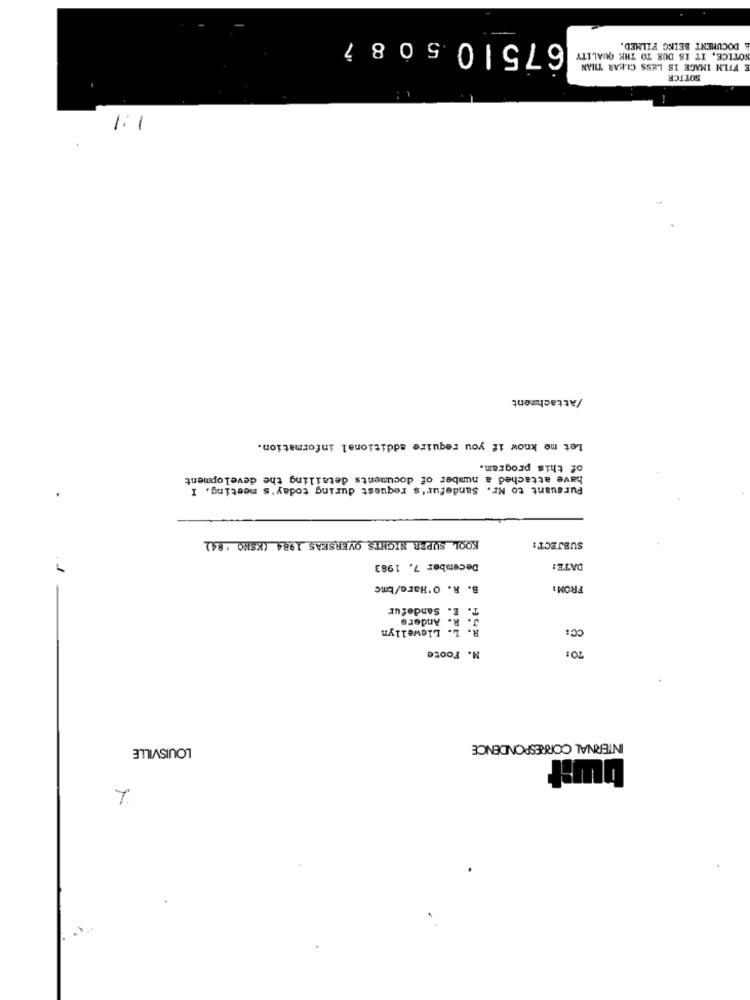
-
675105087
OTICE, IT IS DUE TO THE QUALITY
E DOCUMENT BEING FILMED.
E FILM IMAGE IS LESS CIKAR THAN
NOTTCR
1:1
/Attachment
Let me know if you require additional information.
of this program.
have attached a number of documents detailing the development
Pursuant to Nr. Sandefur's request during today's meeting. I
KOOL SUPER NIGHTS OVERSEAS 1984 (KSNO ' 84)
SUBJECT:
December 7, 1983
DATE:
. 1
B. R. O'Hare/bmc
FROM :
E. Sandefur
J. R. Anders
R: L- Llewellyn
CC:
N. Foote
TO:
LOUISVILLE
INTERNAL CORRESPONDENCE
bwit